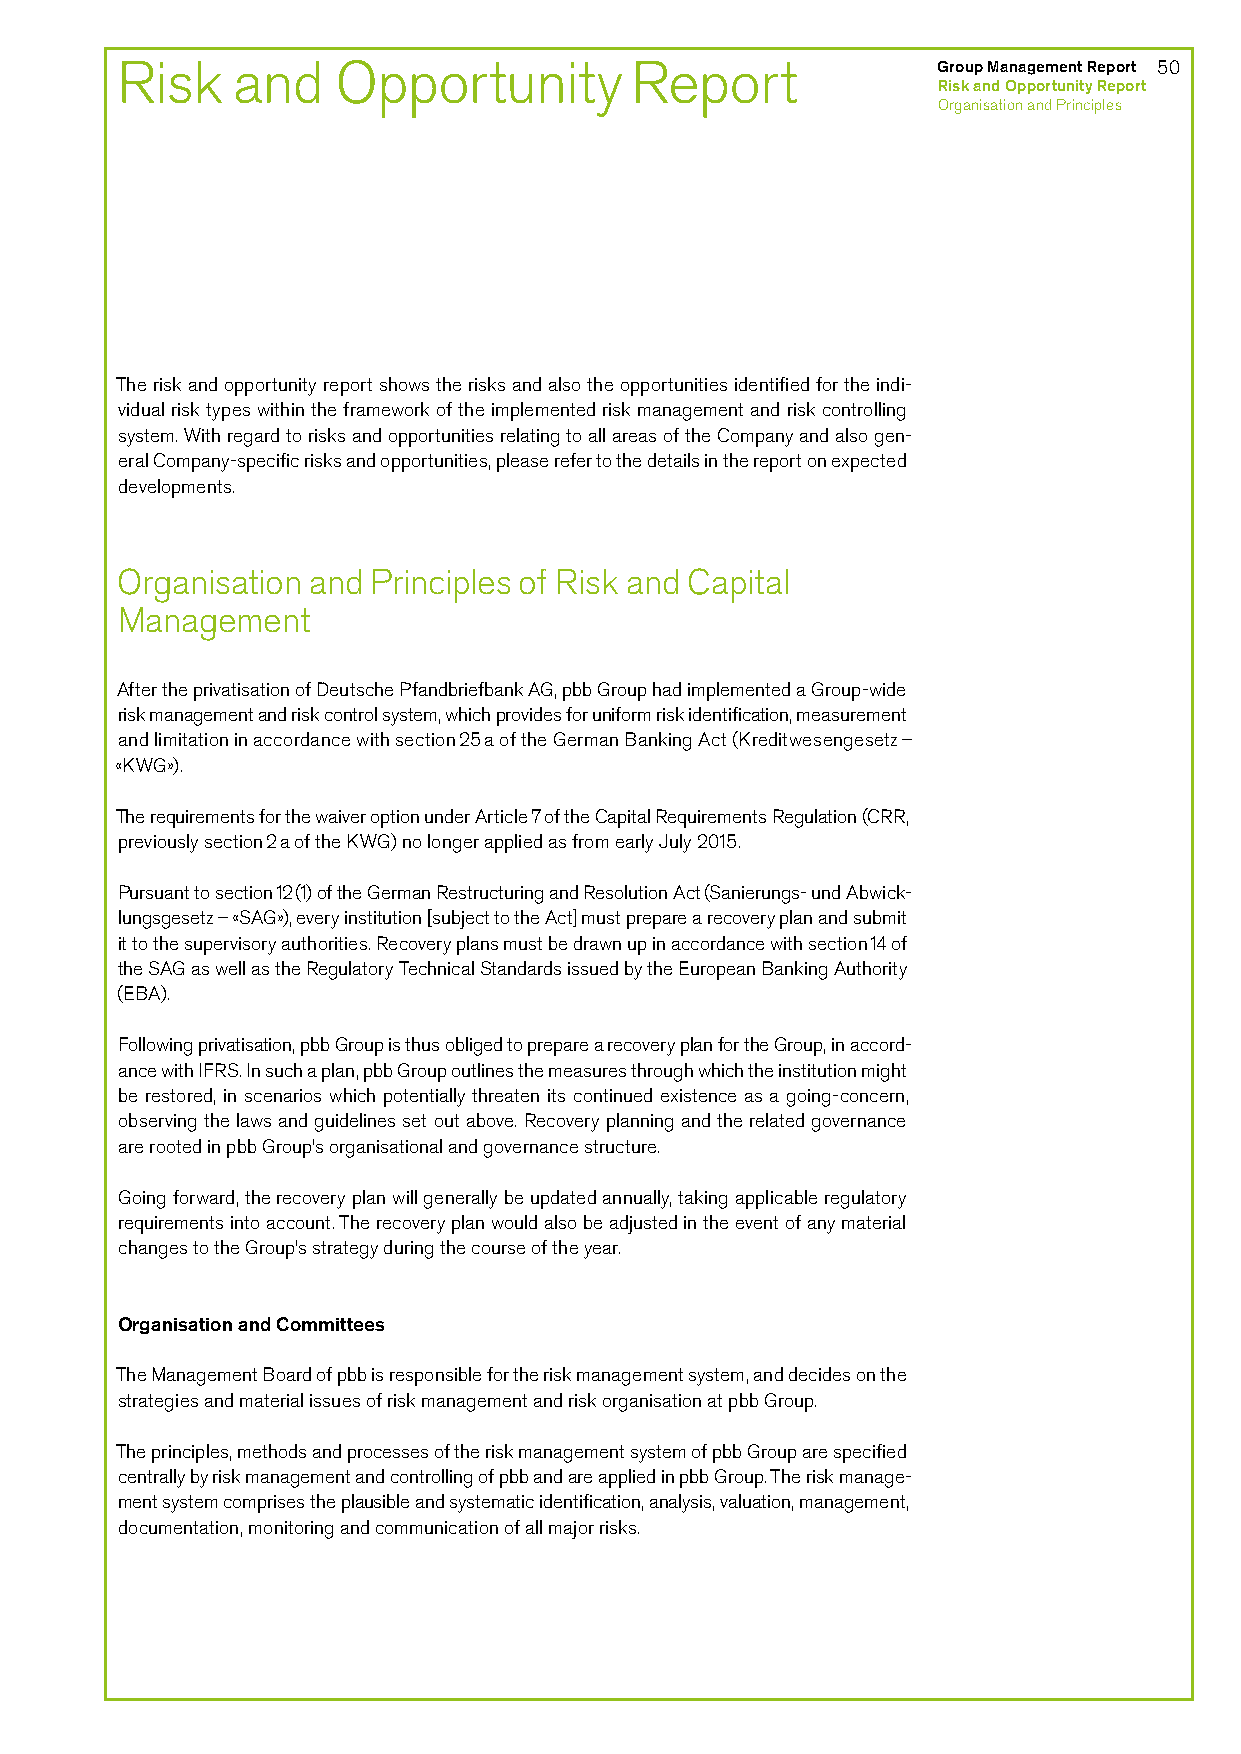
Risk   and    Opportunity         Report              Group Management Report 50
 Risk and Opportunity Report
 Organisation and Principles
 The risk and opportunity report shows the risks and also the opportunities identified for the indi-
 vidual risk types within the framework of the implemented risk management and risk controlling
 system. With regard to risks and opportunities relating to all areas of the Company and also gen-
 eral Company-specific risks and opportunities, please refer to the details in the report on expected
 developments.
 Organisation and Principles of Risk and Capital
 Management
 After the privatisation of Deutsche Pfandbriefbank AG, pbb Group had implemented a Group-wide
 risk management and risk control system, which provides for uniform risk identification, measurement
 and limitation in accordance with section 25 a of the German Banking Act (Kreditwesengesetz –
 «KWG»).
 The requirements for the waiver option under Article 7 of the Capital Requirements Regulation (CRR,
 previously section 2 a of the KWG) no longer applied as from early July 2015.
 Pursuant to section 12 (1) of the German Restructuring and Resolution Act (Sanierungs- und Abwick-
 lungsgesetz – «SAG»), every institution [subject to the Act] must prepare a recovery plan and submit
 it to the supervisory authorities. Recovery plans must be drawn up in accordance with section 14 of
 the SAG as well as the Regulatory Technical Standards issued by the European Banking Authority
 (EBA).
 Following privatisation, pbb Group is thus obliged to prepare a recovery plan for the Group, in accord-
 ance with IFRS. In such a plan, pbb Group outlines the measures through which the institution might
 be restored, in scenarios which potentially threaten its continued existence as a going-concern,
 observing the laws and guidelines set out above. Recovery planning and the related governance
 are rooted in pbb Group’s organisational and governance structure.
 Going forward, the recovery plan will generally be updated annually, taking applicable regulatory
 requirements into account. The recovery plan would also be adjusted in the event of any material
 changes to the Group’s strategy during the course of the year.
 Organisation and Committees
 The Management Board of pbb is responsible for the risk management system, and decides on the
 strategies and material issues of risk management and risk organisation at pbb Group.
 The principles, methods and processes of the risk management system of pbb Group are specified
 centrally by risk management and controlling of pbb and are applied in pbb Group. The risk manage-
 ment system comprises the plausible and systematic identification, analysis, valuation, management,
 documentation, monitoring and communication of all major risks.